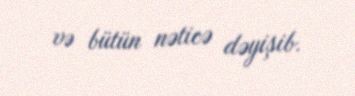
və bütün nəticə dəyişib.